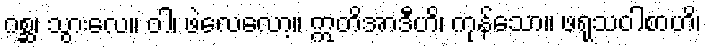
ဂစ္ဆ၊ သွားလေ။ ဝါ၊ ဖဲလေလော့။ ဣတိအာဒီဟိ၊ ကုန်သော။ ဖရုသဝါစာဟိ၊